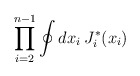
\begin{align*}\prod_{i=2}^{n-1} \oint d x_i \> J^*_i (x_i )\end{align*}